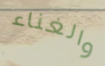
والغناء